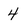
Character: 4